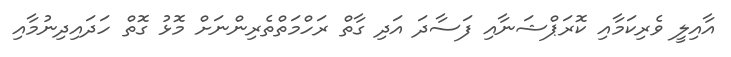
އާއިލީ ވެރިކަމާއި ކޮރަޕްޝަނާއި ފަސާދަ އަދި ގާތް ރަހްމަތްތެރިންނަށް މޮޅު ގޮތް ހަދައިދިނުމާއި